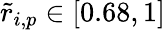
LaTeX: \tilde{r}_{i,p}\in[0.68,1]